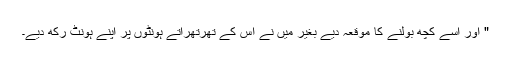
" اور اسے کچھ بولنے کا موقعہ دیے بغیر میں نے اس کے تھرتھراتے ہونٹوں پر اپنے ہونٹ رکھ دیے۔